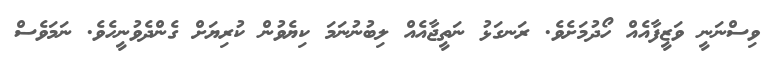
ވިސްނަނީ ވަޒީފާއެއް ހޯދުމަށެވެ. ރަނގަޅު ނަތީޖާއެއް ލިބުނުނަމަ ކިޔެވުން ކުރިޔަށް ގެންދެވުނީހެވެ. ނަމަވެސް